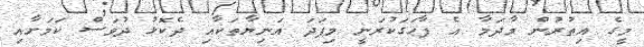
މީގެ އިތުރުން މާދަމާ އެ ފާހަގަކުރަނީ މިފަދަ އަނިޔާތަކާއި ދެކޮޅު ދުވަސް ކަމަށާއި